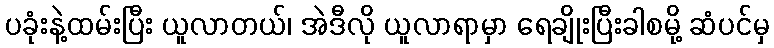
ပခုံးနဲ့ထမ်းပြီး ယူလာတယ်၊ အဲဒီလို ယူလာရာမှာ ရေချိုးပြီးခါစမို့ ဆံပင်မှ